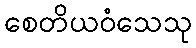
စေတိယဝံသေသု